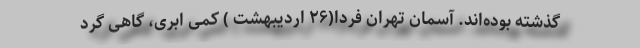
گذشته بوده‌اند. آسمان تهران فردا(۲۶ اردیبهشت ) کمی ابری، گاهی گرد